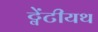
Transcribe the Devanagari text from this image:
ट्वेंटीयथ